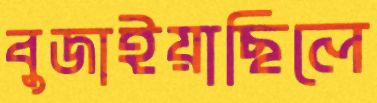
বুজাইয়াছিলে